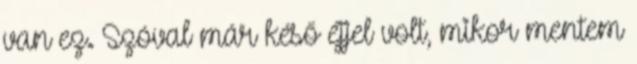
van ez. Szóval már késő éjjel volt, mikor mentem